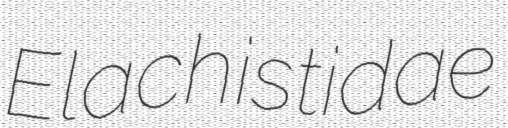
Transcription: Elachistidae